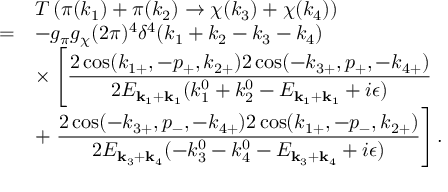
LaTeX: \begin{array} { r l } { { } } & { { T \left( \pi ( k _ { 1 } ) + \pi ( k _ { 2 } ) \to \chi ( k _ { 3 } ) + \chi ( k _ { 4 } ) \right) } } \\ { { = } } & { { \displaystyle - g _ { \pi } g _ { \chi } ( 2 \pi ) ^ { 4 } \delta ^ { 4 } ( k _ { 1 } + k _ { 2 } - k _ { 3 } - k _ { 4 } ) } } \\ { { } } & { { \displaystyle \times \left[ \frac { 2 \cos ( k _ { 1 + } , - p _ { + } , k _ { 2 + } ) 2 \cos ( - k _ { 3 + } , p _ { + } , - k _ { 4 + } ) } { 2 E _ { { \bf k } _ { 1 } + { \bf k } _ { 1 } } ( k _ { 1 } ^ { 0 } + k _ { 2 } ^ { 0 } - E _ { { \bf k } _ { 1 } + { \bf k } _ { 1 } } + i \epsilon ) } \right. } } \\ { { } } & { { \displaystyle + \left. \frac { 2 \cos ( - k _ { 3 + } , p _ { - } , - k _ { 4 + } ) 2 \cos ( k _ { 1 + } , - p _ { - } , k _ { 2 + } ) } { 2 E _ { { \bf k } _ { 3 } + { \bf k } _ { 4 } } ( - k _ { 3 } ^ { 0 } - k _ { 4 } ^ { 0 } - E _ { { \bf k } _ { 3 } + { \bf k } _ { 4 } } + i \epsilon ) } \right] . } } \end{array}